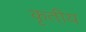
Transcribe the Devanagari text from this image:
कृतीय